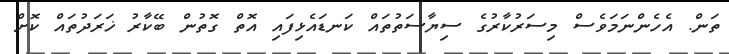
ތަން. އެހެންނަމަވެސް މިސަރުކާރުގެ ސިޔާސަތުތައް ކަނޑައެޅިފައި އޮތް ގޮތުން ބޭކާރު ޚަރަދުތައް ކޮށް